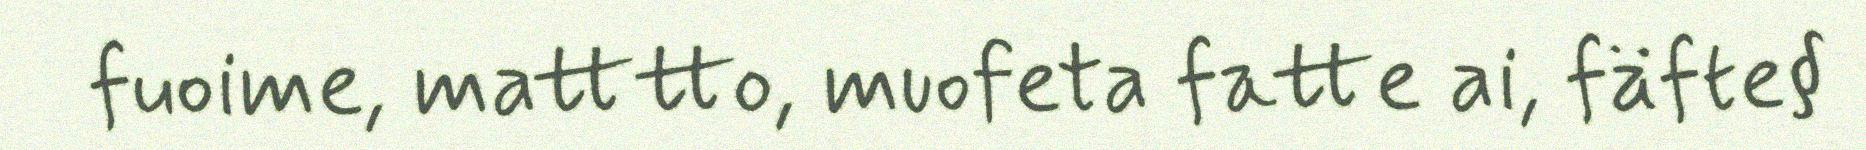
fuoime, matttto, muofeta fatte ai, fäfte§